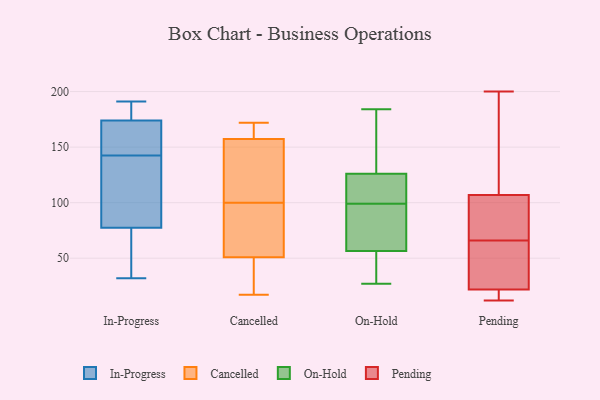
{"axis": {"x": "Website Visitors", "y": "Value"}, "legend": ["Cancelled", "In-Progress", "On-Hold", "Pending"], "data": [{"x": "", "y": 177, "type": "In-Progress"}, {"x": "", "y": 143, "type": "In-Progress"}, {"x": "", "y": 189, "type": "In-Progress"}, {"x": "", "y": 176, "type": "In-Progress"}, {"x": "", "y": 48, "type": "In-Progress"}, {"x": "", "y": 155, "type": "In-Progress"}, {"x": "", "y": 191, "type": "In-Progress"}, {"x": "", "y": 121, "type": "In-Progress"}, {"x": "", "y": 40, "type": "In-Progress"}, {"x": "", "y": 102, "type": "In-Progress"}, {"x": "", "y": 114, "type": "In-Progress"}, {"x": "", "y": 166, "type": "In-Progress"}, {"x": "", "y": 142, "type": "In-Progress"}, {"x": "", "y": 32, "type": "In-Progress"}, {"x": "", "y": 172, "type": "In-Progress"}, {"x": "", "y": 53, "type": "In-Progress"}, {"x": "", "y": 172, "type": "Cancelled"}, {"x": "", "y": 53, "type": "Cancelled"}, {"x": "", "y": 100, "type": "Cancelled"}, {"x": "", "y": 97, "type": "Cancelled"}, {"x": "", "y": 30, "type": "Cancelled"}, {"x": "", "y": 120, "type": "Cancelled"}, {"x": "", "y": 48, "type": "Cancelled"}, {"x": "", "y": 50, "type": "Cancelled"}, {"x": "", "y": 170, "type": "Cancelled"}, {"x": "", "y": 146, "type": "Cancelled"}, {"x": "", "y": 17, "type": "Cancelled"}, {"x": "", "y": 172, "type": "Cancelled"}, {"x": "", "y": 133, "type": "Cancelled"}, {"x": "", "y": 161, "type": "Cancelled"}, {"x": "", "y": 67, "type": "Cancelled"}, {"x": "", "y": 87, "type": "On-Hold"}, {"x": "", "y": 184, "type": "On-Hold"}, {"x": "", "y": 182, "type": "On-Hold"}, {"x": "", "y": 115, "type": "On-Hold"}, {"x": "", "y": 108, "type": "On-Hold"}, {"x": "", "y": 129, "type": "On-Hold"}, {"x": "", "y": 27, "type": "On-Hold"}, {"x": "", "y": 151, "type": "On-Hold"}, {"x": "", "y": 54, "type": "On-Hold"}, {"x": "", "y": 38, "type": "On-Hold"}, {"x": "", "y": 89, "type": "On-Hold"}, {"x": "", "y": 117, "type": "On-Hold"}, {"x": "", "y": 36, "type": "On-Hold"}, {"x": "", "y": 64, "type": "On-Hold"}, {"x": "", "y": 99, "type": "On-Hold"}, {"x": "", "y": 49, "type": "Pending"}, {"x": "", "y": 22, "type": "Pending"}, {"x": "", "y": 166, "type": "Pending"}, {"x": "", "y": 12, "type": "Pending"}, {"x": "", "y": 21, "type": "Pending"}, {"x": "", "y": 78, "type": "Pending"}, {"x": "", "y": 200, "type": "Pending"}, {"x": "", "y": 12, "type": "Pending"}, {"x": "", "y": 66, "type": "Pending"}, {"x": "", "y": 98, "type": "Pending"}, {"x": "", "y": 40, "type": "Pending"}, {"x": "", "y": 134, "type": "Pending"}, {"x": "", "y": 94, "type": "Pending"}]}